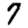
Digit: 7